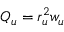
Q _ { u } = r _ { u } ^ { 2 } w _ { u }